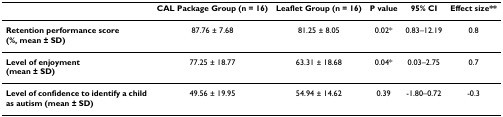
<table><thead><tr><td></td><td><b>CAL Package Group (n = 16)</b></td><td><b>Leaflet Group (n = 16)</b></td><td><b>P value</b></td><td><b>95% CI</b></td><td><b>Effect size**</b></td></tr></thead><tbody><tr><td><b>Retention performance score (%, mean ± SD)</b></td><td>87.76 ± 7.68</td><td>81.25 ± 8.05</td><td>0.02*</td><td>0.83–12.19</td><td>0.8</td></tr><tr><td><b>Level of enjoyment</b><b>(mean ± SD)</b></td><td>77.25 ± 18.77</td><td>63.31 ± 18.68</td><td>0.04*</td><td>0.03–2.75</td><td>0.7</td></tr><tr><td><b>Level of confidence to identify a child as autism (mean ± SD)</b></td><td>49.56 ± 19.95</td><td>54.94 ± 14.62</td><td>0.39</td><td>-1.80–0.72</td><td>-0.3</td></tr></tbody></table>